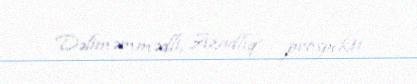
Dəliməmmədli, Azadlıq prospekti